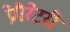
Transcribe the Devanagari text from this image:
प्रेपैरेटरी